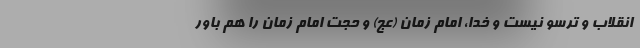
انقلاب و ترسو نیست و خدا، امام زمان (عج) و حجت امام زمان را هم باور